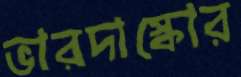
ভারদাস্কোর